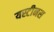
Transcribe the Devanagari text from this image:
यस्टीनस